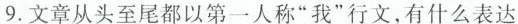
9.文章从头至尾都以第一人称“我”行文,有什么表达